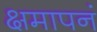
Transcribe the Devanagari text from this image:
क्षमापनं